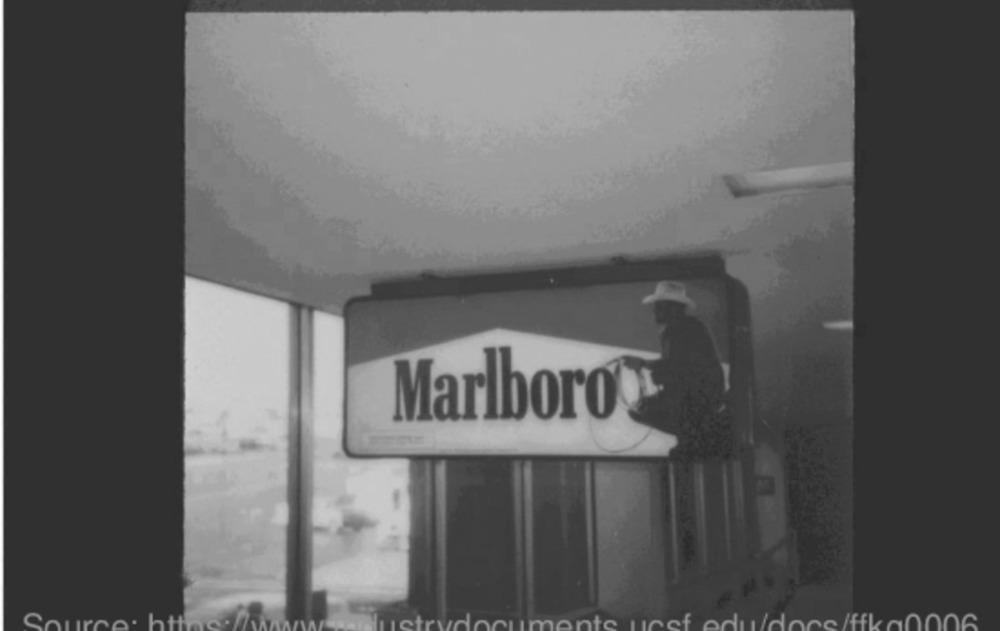
Marlboro?
Source. h
dustrydocuments ucsf edu/docs/ffka0006